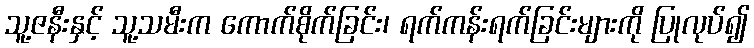
သူ့ဇနီးနှင့် သူ့သမီးက ကောက်စိုက်ခြင်း၊ ရက်ကန်းရက်ခြင်းများကို ပြုလုပ်၍